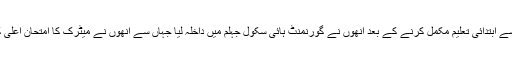
اپنی جنم بھومی موضع چک عبدالخالق سے ابتدائی تعلیم مکمل کرنے کے بعد انھوں نے گورنمنٹ ہائی سکول جہلم میں داخلہ لیا جہاں سے انھوں نے میٹرک کا امتحان اعلیٰ کار کردگی کا مظاہرہ کر کے پاس کیا۔